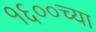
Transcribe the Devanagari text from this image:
१६००च्या